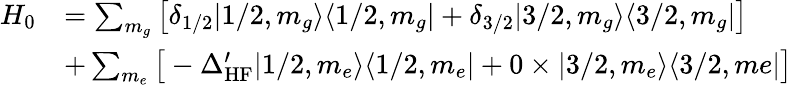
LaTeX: \begin{array}{rl}{H_{0}}&{=\sum_{m_{g}}\big[\delta_{1/2}|1/2,m_{g}\rangle\langle 1/2,m_{g}|+\delta_{3/2}|3/2,m_{g}\rangle\langle 3/2,m_{g}|\big]}\\ &{+\sum_{m_{e}}\big[-\Delta_{\mathrm{HF}}^{\prime}|1/2,m_{e}\rangle\langle 1/2,m_{e}|+0\times|3/2,m_{e}\rangle\langle 3/2,me|\big]}\end{array}